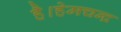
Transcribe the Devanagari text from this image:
है।हेमचन्द्र